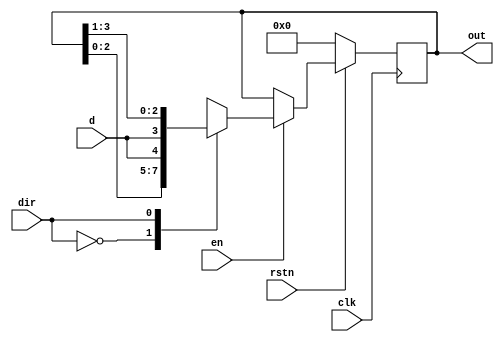
`timescale 1ns / 1ps
//////////////////////////////////////////////////////////////////////////////////
// Company: 
// Engineer: 
// 
// Design Name: 
// Module Name: BIDIRECTIONAL_SHIFT_REG
// Project Name: 
// Target Devices: 
// Tool Versions: 
// Description: 
// 
// Dependencies: 
// 
// Revision:
// Revision 0.01 - File Created
// Additional Comments:
// 
//////////////////////////////////////////////////////////////////////////////////


module BIDIRECTIONAL_SHIFT_REG
#(parameter MSB=4)
(
    input d,
    input clk,
    input en,
    input dir,
    input rstn,
    output reg [MSB-1:0] out
    );
    always@(posedge clk)
    if(!rstn)
    out <= 0;
    else
    begin
    if(en)
    case (dir)
    0: out <= {out[MSB-2:0],d};
    1: out <= {d,out[MSB-1:1]};
    endcase
    else
        out <= out;
        end
endmodule